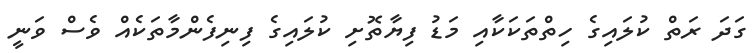
ގަދަ ރަތް ކުލައިގެ ހިތްތަކަކާއި މަޑު ފިޔާތޮށި ކުލައިގެ ފިނިފެންމާތަކެއް ވެސް ވަނީ